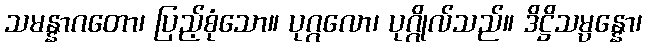
သမန္နာဂတော၊ ပြည့်စုံသော။ ပုဂ္ဂလော၊ ပုဂ္ဂိုလ်သည်။ ဒိဋ္ဌိသမ္ပန္နော၊